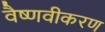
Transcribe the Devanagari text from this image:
वैष्णवीकरण